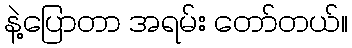
နဲ့ပြောတာ အရမ်း တော်တယ်။